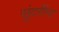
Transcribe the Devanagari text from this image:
सुंदरींना